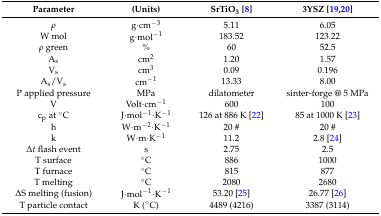
| Parameter | (Units) | SrTiO3 [8] | 3YSZ [19,20] |
 | --- | --- | --- | --- |
 | ρ | g·cm−3 | 5.11 | 6.05 |
 | W mol | g·mol−1 | 183.52 | 123.22 |
 | ρ green | % | 60 | 52.5 |
 | As | cm2 | 1.20 | 1.57 |
 | Vs | cm3 | 0.09 | 0.196 |
 | As/Vs | cm−1 | 13.33 | 8.00 |
 | P applied pressure | MPa | dilatometer | sinter-forge @ 5 MPa |
 | V | Volt·cm−1 | 600 | 100 |
 | cp at °C | J·mol−1·K−1 | 126 at 886 K [22] | 85 at 1000 K [23] |
 | h | W·m−2·K−1 | 20 # | 20 # |
 | k | W·m·K−1 | 11.2 | 2.8 [24] |
 | Δt flash event | s | 2.75 | 2.5 |
 | T surface | °C | 886 | 1000 |
 | T furnace | °C | 815 | 877 |
 | T melting | °C | 2080 | 2680 |
 | ΔS melting (fusion) | J·mol−1·K−1 | 53.20 [25] | 26.77 [26] |
 | T particle contact | K (°C) | 4489 (4216) | 3387 (3114) |